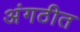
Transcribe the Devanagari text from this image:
अंगठीत